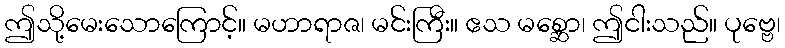
ဤသို့မေးသောကြောင့်။ မဟာရာဇ၊ မင်းကြီး။ ဧသ မစ္ဆော၊ ဤငါးသည်။ ပုဗ္ဗေ၊